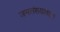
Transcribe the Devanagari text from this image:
जनसंख्यावाला